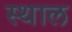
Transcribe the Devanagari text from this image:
स्‍थाल